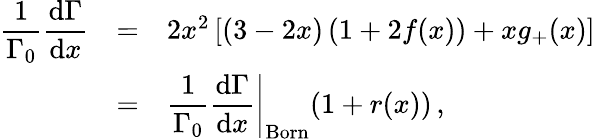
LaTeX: \begin{array}{rcl}{{\displaystyle\frac{1}{\Gamma_{0}}\frac{\mathrm{d}\Gamma}{\mathrm{d}x}}}&{{=}}&{{2x^{2}\left[(3-2x)\left(1+2f(x)\right)+xg_{+}(x)\right]}}\\ {{\displaystyle}}&{{=}}&{{\displaystyle\left.\frac{1}{\Gamma_{0}}\frac{\mathrm{d}\Gamma}{\mathrm{d}x}\right|_{\mathrm{Born}}(1+r(x))\, ,}}\end{array}